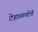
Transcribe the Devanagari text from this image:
टेहाळणीचे